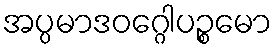
အပ္ပမာဒဝဂ္ဂေါပဉ္စမော